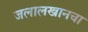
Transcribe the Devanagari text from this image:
जलालखानचा